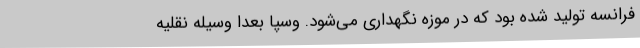
فرانسه تولید شده بود که در موزه نگهداری می‌شود. وسپا بعدا وسیله نقلیه